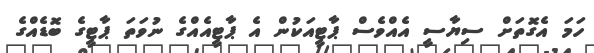
ހަމަ އެގޮތަށް ސިޔާސީ އެއްވެސް ޕާޓީއަކުން އެ ޕާޓީއެއްގެ ނުވަތަ ޕާޓީގެ ބޮޑެއްގެ